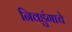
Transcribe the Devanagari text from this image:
निवडुंगाचे